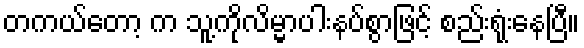
တကယ်တော့ က သူ့ကိုလိမ္မာပါးနပ်စွာဖြင့် စည်းရုံးနေပြီ။